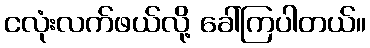
ငလုံးလက်ဖယ်လို့ ခေါ်ကြပါတယ်။